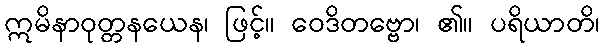
ဣမိနာဝုတ္တနယေန၊ ဖြင့်။ ဝေဒိတဗ္ဗော၊ ၏။ ပရိယာတိ၊